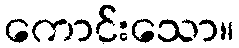
ကောင်းသော။